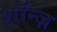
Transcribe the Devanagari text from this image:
शॉन्ज़